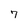
Character: 7